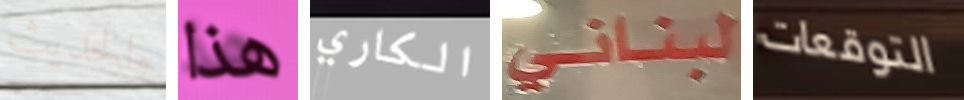
والحديث هذا الكاري لبناني التوقعات